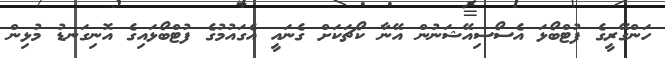
ހަންގޭރީގެ ފުޓްބޯޅަ އެސޯސިއޭޝަނުން އޭނާ ކޯޗަކަށް ގެނައީ އެގައުމުގެ ފުޓްބޯޅައިގެ އޮނިގަނޑު މުޅިން